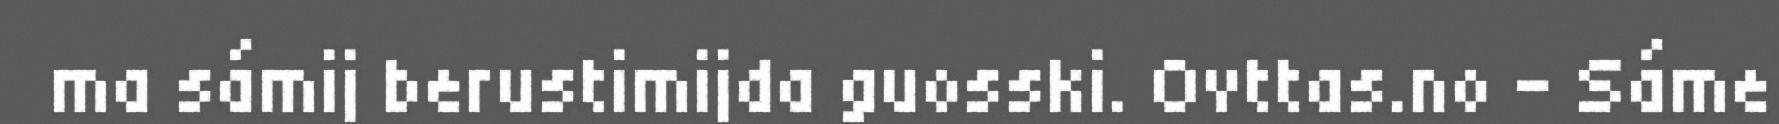
ma sámij berustimijda guosski. Ovttas.no - Sáme